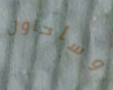
وسأحاول